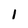
Character: 1